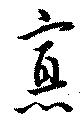
？